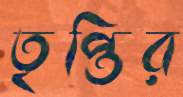
তৃপ্তির